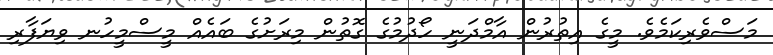
މަސްވެރިކަމެވެ. މީގެ އިތުރުން އާމްދަނީ ހޯދުމުގެ ގޮތުން މިރަށުގެ ބައެއް މީސްމީހުނ ވިޔަފާރި